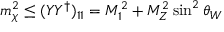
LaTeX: m _ { \chi } ^ { 2 } \leq ( Y Y ^ { \dagger } ) _ { 1 1 } = M _ { 1 } ^ { 2 } + M _ { Z } ^ { 2 } \sin ^ { 2 } \theta _ { W }